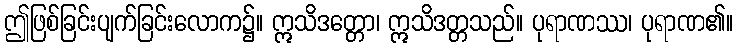
ဤဖြစ်ခြင်းပျက်ခြင်းလောက၌။ ဣသိဒတ္တော၊ ဣသိဒတ္တသည်။ ပုရာဏဿ၊ ပုရာဏ၏။